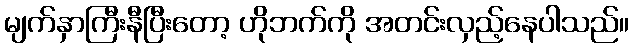
မျက်နှာကြီးနီပြီးတော့ ဟိုဘက်ကို အတင်းလှည့်နေပါသည်။